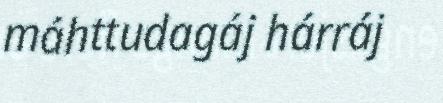
máhttudagáj hárráj